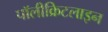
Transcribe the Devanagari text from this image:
पॉलीक्रिटलाइन